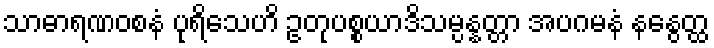
သာဓာရဏဝစနံ ပုရိသေဟိ ဥတုပစ္စယာဒိသမ္ပန္နတ္တာ အပဂမနံ နနွေတ္ထ